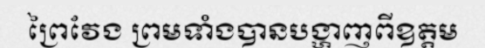
ព្រៃវែង ព្រមទាំងបានបង្ហាញពីឧត្តម